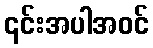
၎င်းအပါအဝင်